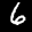
Label: 6